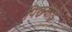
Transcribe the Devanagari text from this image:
पिछवाडे़